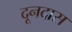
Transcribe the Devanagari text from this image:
दूनदास